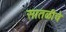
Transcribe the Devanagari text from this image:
सातळीचे